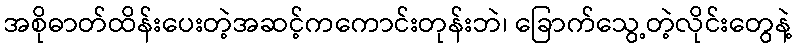
အစိုဓာတ်ထိန်းပေးတဲ့အဆင့်ကကောင်းတုန်းဘဲ၊ ခြောက်သွေ့တဲ့လိုင်းတွေနဲ့